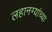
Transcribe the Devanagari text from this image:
लहानग्यांच्या